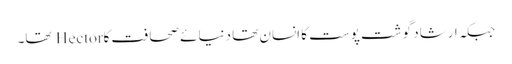
جبکہ ارشاد گوشت پوست کا انسان تھا دنیائے صحافت کاHector تھا۔